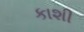
કાશી